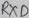
Text: VCC10